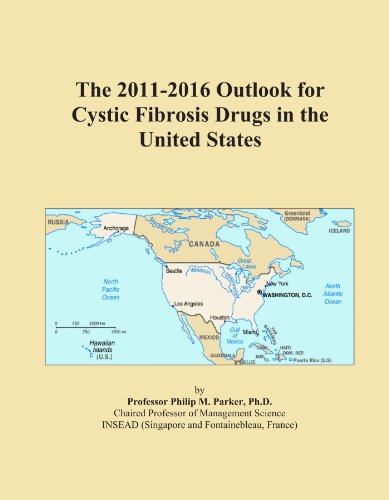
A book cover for The 2011-2016 Outlook for Cystic Fibrosis Drugs in the United States; Icon Group International; Health, Fitness & Dieting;